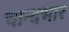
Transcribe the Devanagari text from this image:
चान्दभार